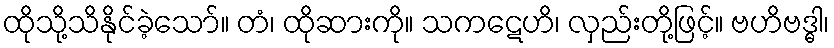
ထိုသို့သိနိုင်ခဲ့သော်။ တံ၊ ထိုဆားကို။ သကဋေဟိ၊ လှည်းတို့ဖြင့်။ ဗဟိဗဒ္ဓါ၊